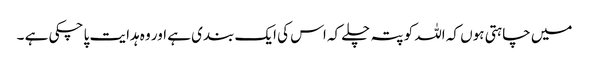
میں چاہتی ہوں کہ اللہ کو پتہ چلے کہ اس کی ایک بندی ہے اور وہ ہدایت پا چکی ہے ۔